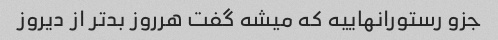
جزو رستورانهاییه که میشه گفت هرروز بدتر از دیروز